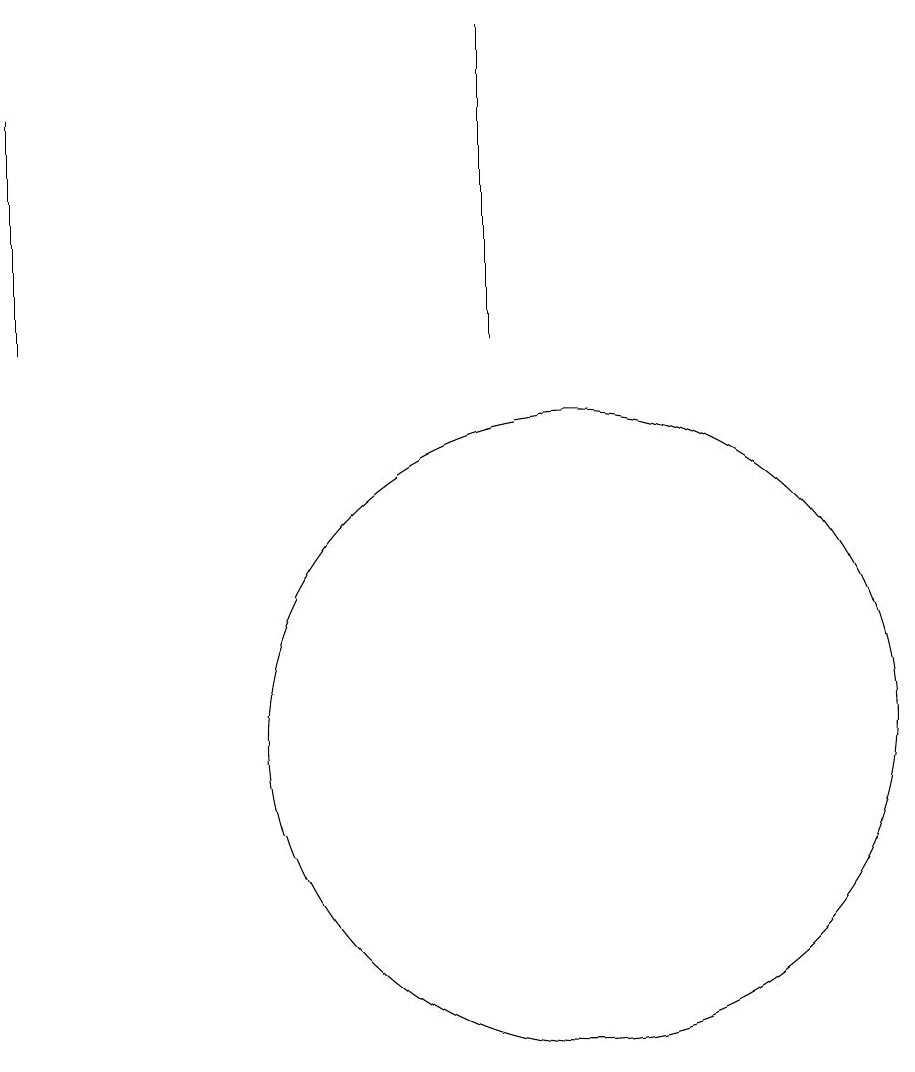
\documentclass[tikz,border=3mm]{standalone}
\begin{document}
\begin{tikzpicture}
\draw (9,15) rectangle (9,19);
\draw (3,15) rectangle (3,18);
\draw (10,10) circle (4);
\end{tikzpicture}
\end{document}